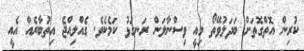
ކުރިން އޮތްގޮތަށް ބަދަލުވޭތޯ މިއީ ވިސްނާލަން ރަނގަޅު ކަމެކެވެ. ގެއްލިއްޖެ އިތުބާރެއް އެއީ